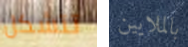
تتشكل بالملايين